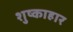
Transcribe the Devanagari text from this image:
शुष्काहार